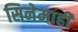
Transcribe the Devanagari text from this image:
सिनेमाही